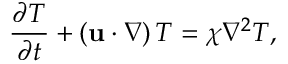
\frac { \partial T } { \partial t } + \left( { \bf u } \cdot \nabla \right) T = \chi \nabla ^ { 2 } T ,